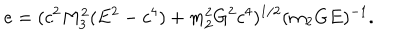
e = ( c ^ { 2 } M _ { 3 } ^ { 2 } ( E ^ { 2 } - c ^ { 4 } ) + m _ { 2 } ^ { 2 } G ^ { 2 } c ^ { 4 } ) ^ { 1 / 2 } ( m _ { 2 } G E ) ^ { - 1 } .